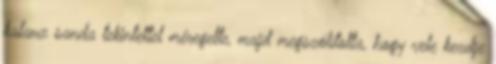
kalauz sanda tekintettel méregette, majd megszólította, hogy vele kezdje